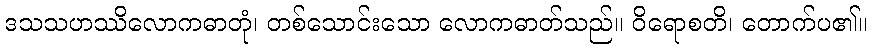
ဒသသဟဿိလောကဓာတုံ၊ တစ်သောင်းသော လောကဓာတ်သည်။ ဝိရောစတိ၊ တောက်ပ၏။